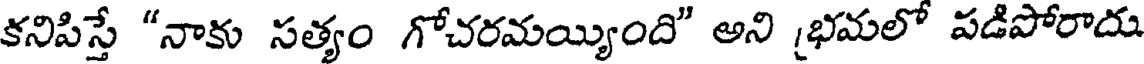
కనిపిస్తే "నాకు సత్యం గోచరమయ్యింది" అని భమలో పడిపోరాదు